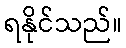
ရနိုင်သည်။